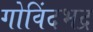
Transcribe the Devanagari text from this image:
गोविंदभद्र